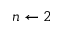
n \leftarrow 2